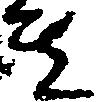
き